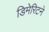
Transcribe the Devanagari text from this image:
डिमेरिटने